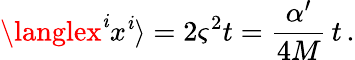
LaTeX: \langlex^{\mathit{i}}x^{\mathit{i}}\rangle=2\varsigma^{2}t=\frac{{\alpha^{\prime}}}{{4M}}\, t\, .